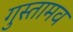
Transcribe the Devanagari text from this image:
गुस्तामव